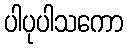
ပါပုပါသကော